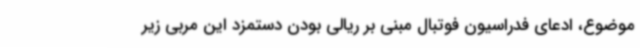
موضوع، ادعای فدراسیون فوتبال مبنی بر ریالی بودن دستمزد این مربی زیر